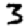
Digit: 3